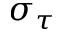
\sigma _ { \tau }